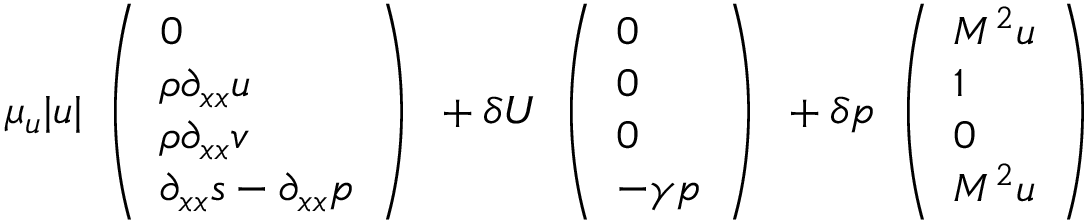
\mu _ { u } | u | \begin{array} { l } { \left( \begin{array} { l } { 0 } \\ { \rho \partial _ { x x } u } \\ { \rho \partial _ { x x } v } \\ { \partial _ { x x } s - \partial _ { x x } p } \end{array} \right) } \end{array} + \delta U \begin{array} { l } { \left( \begin{array} { l } { 0 } \\ { 0 } \\ { 0 } \\ { - \gamma p } \end{array} \right) } \end{array} + \delta p \begin{array} { l } { \left( \begin{array} { l } { M ^ { 2 } u } \\ { 1 } \\ { 0 } \\ { M ^ { 2 } u } \end{array} \right) } \end{array}